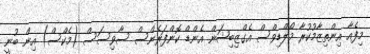
މިފެއާ އިންތިޒާމުކުރާ މޯލްޑިވްސް އެގްޒިބިޝަން އެންޑް ކޮންފަރެންސް ސާވިސަސް (މެކްސް) އިން ބުނީ